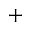
+